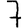
Digit: 7